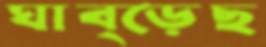
ঘাব্‌ড়েছ